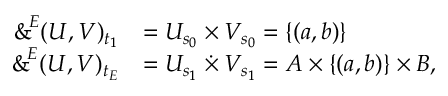
\begin{array} { r l } { \operatorname { \mathrm { \normalfont \sf \& } } ^ { \! E } ( U , V ) _ { t _ { 1 } } } & { = U _ { s _ { 0 } } \times V _ { s _ { 0 } } = \{ ( a , b ) \} } \\ { \operatorname { \mathrm { \normalfont \sf \& } } ^ { \! E } ( U , V ) _ { t _ { E } } } & { = U _ { s _ { 1 } } \mathbin { \dot { \times } } V _ { s _ { 1 } } = A \times \{ ( a , b ) \} \times B , } \end{array}